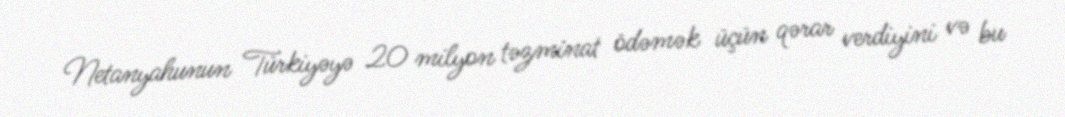
Netanyahunun Türkiyəyə 20 milyon təzminat ödəmək üçün qərar verdiyini və bu